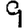
Digit: 9